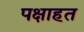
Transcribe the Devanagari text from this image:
पक्षाहत